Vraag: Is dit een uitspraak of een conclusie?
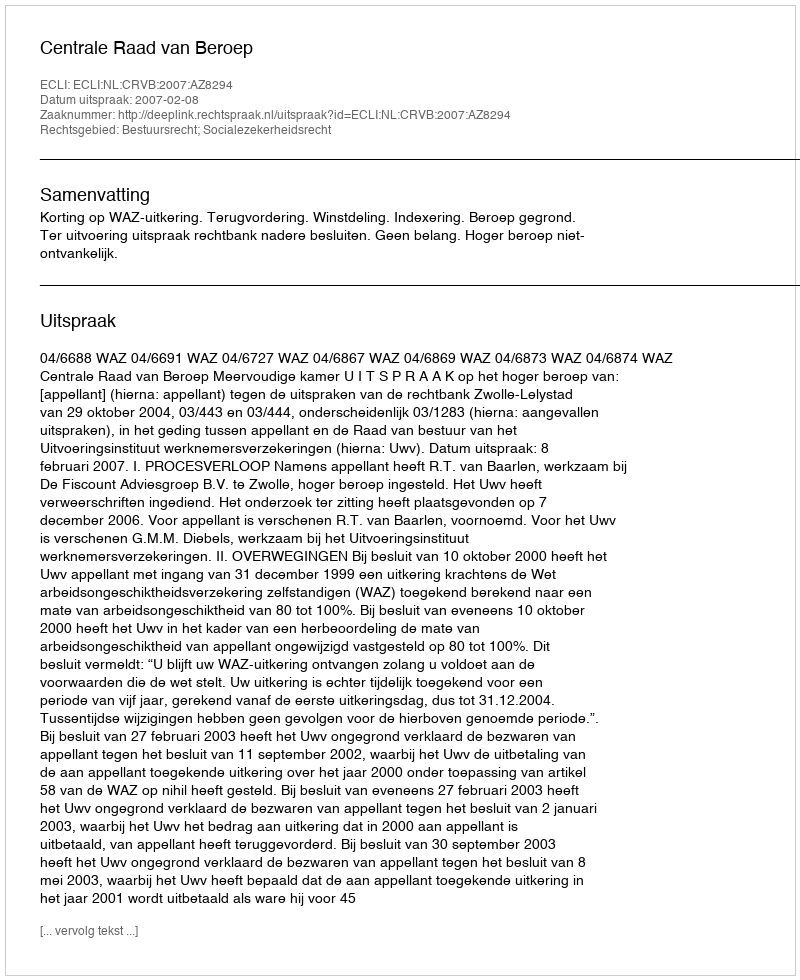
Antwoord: Uitspraak